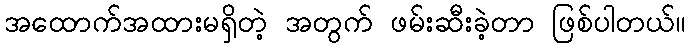
အထောက်အထားမရှိတဲ့ အတွက် ဖမ်းဆီးခဲ့တာ ဖြစ်ပါတယ်။